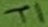
Text: T1